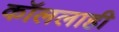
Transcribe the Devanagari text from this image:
कॉललाही